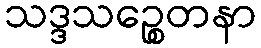
သဒ္ဒသဉ္စေတနာ